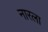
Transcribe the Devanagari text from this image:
नारला